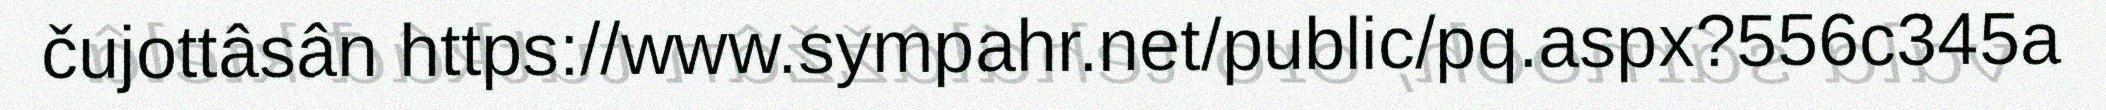
čujottâsân https://www.sympahr.net/public/pq.aspx?556c345a